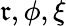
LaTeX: \mathfrak{r},\phi,\xi